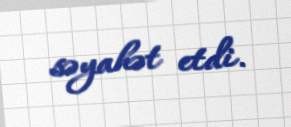
səyahət etdi.